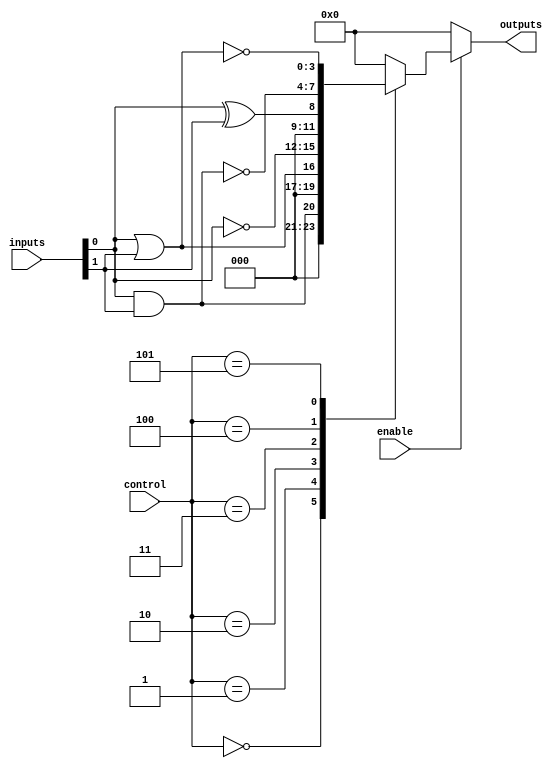
module CLB (
    input wire [N-1:0] inputs,        // N input signals
    input wire [M-1:0] control,       // Control signals for functionality
    input wire enable,                 // Enable signal
    output reg [P-1:0] outputs        // P output signals
);

parameter N = 8; // Number of inputs
parameter M = 4; // Number of control signals
parameter P = 4; // Number of outputs

// Internal signals for logic functions
wire [N-1:0] logic_out;

// Combinational logic functions based on control signals
always @(*) begin
    if (enable) begin
        case (control)
            4'b0000: logic_out = inputs[0] & inputs[1]; // AND
            4'b0001: logic_out = inputs[0] | inputs[1]; // OR
            4'b0010: logic_out = ~inputs[0];             // NOT
            4'b0011: logic_out = inputs[0] ^ inputs[1]; // XOR
            4'b0100: logic_out = ~(inputs[0] & inputs[1]); // NAND
            4'b0101: logic_out = ~(inputs[0] | inputs[1]); // NOR
            // Add more functions as needed
            default: logic_out = 0; // Default case
        endcase
    end else begin
        logic_out = 0; // Disable logic output when not enabled
    end
end

// Output assignment based on logic_out
always @(*) begin
    outputs = logic_out[P-1:0]; // Assign logic output to outputs
end

endmodule